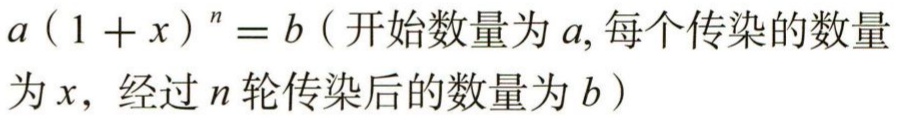
\(a(1 + x)^n = b（开始数量为a,每个传染的数量为x，经过n轮传染后的数量为b）\)